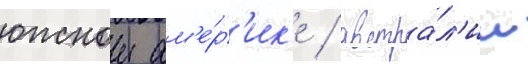
южнои ам'е́р'ик'е / австра́л'ии